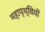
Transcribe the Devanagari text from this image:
महापृथ्वियों